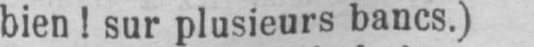
bien! sur plusieurs bancs.)